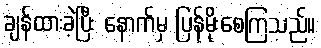
ချန်ထားခဲ့ပြီး နောက်မှ ပြန်မိုးစေကြသည်။